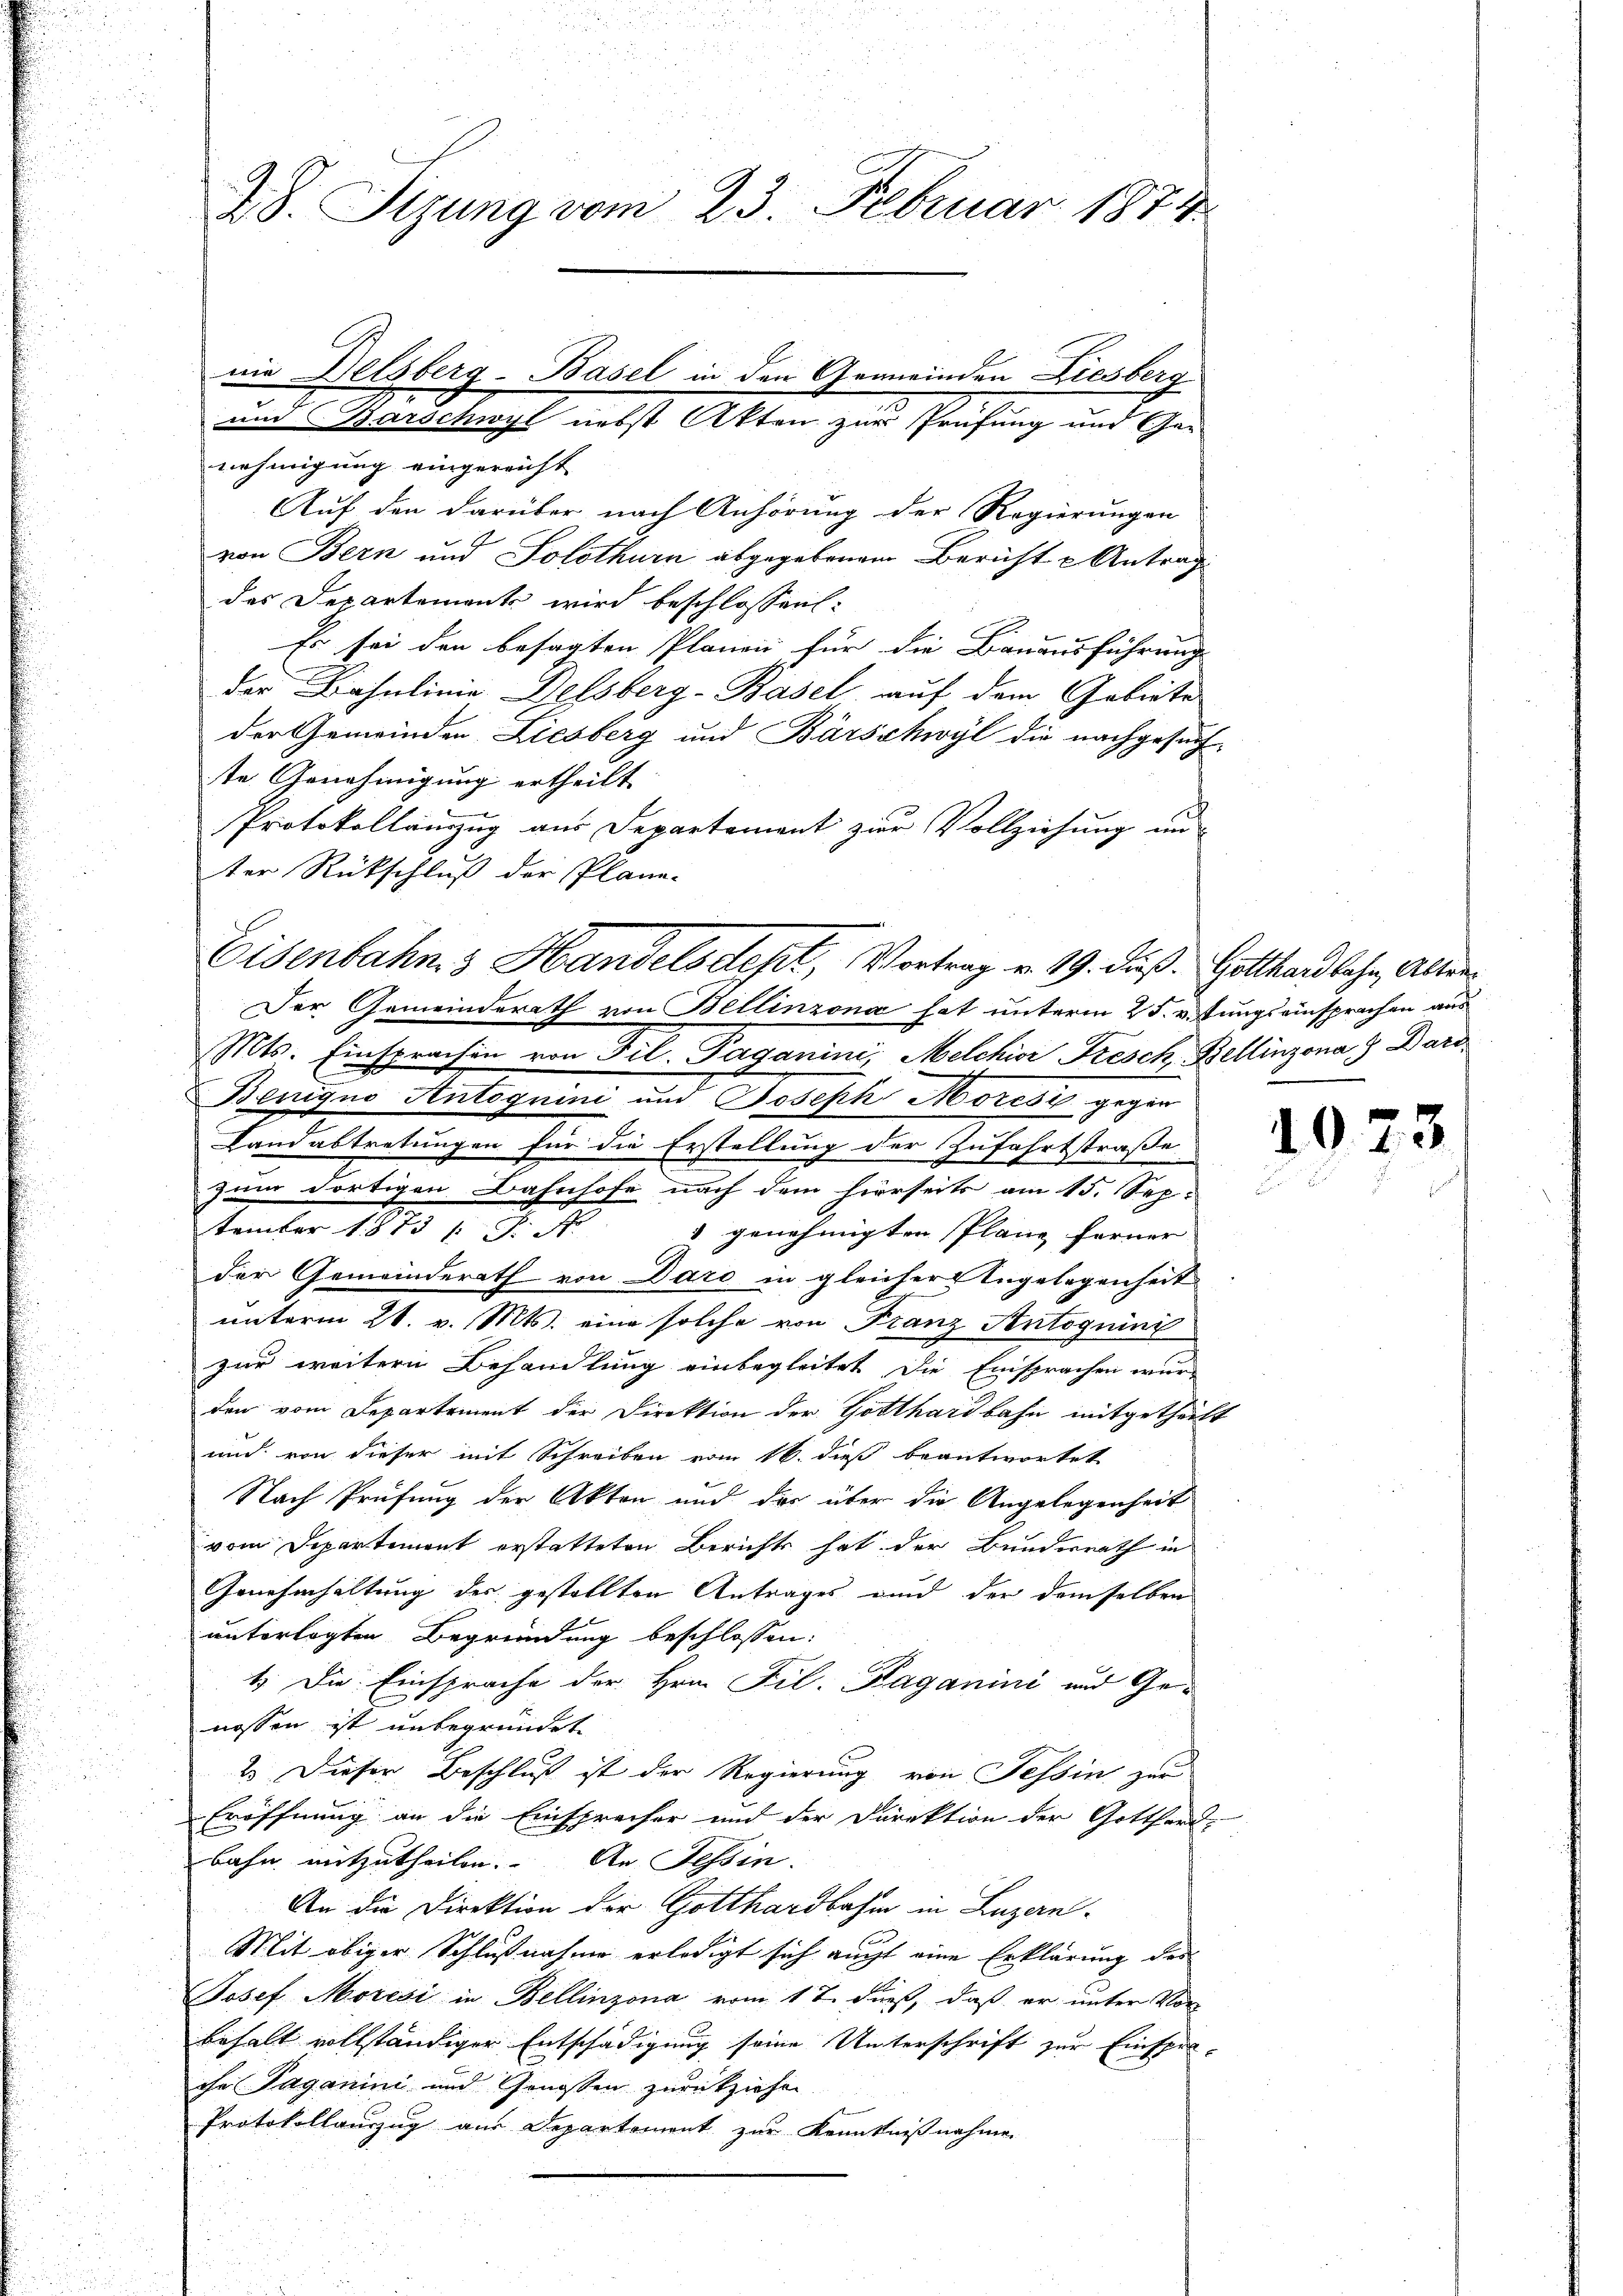
nehmigung eingereicht |
Auf den darüber nach Anhörung der Regierungen
von Bern und Solothurn abgegebenem Bericht u Antrag
des Departements wird beschlossen:
Es sei den besagten Planen für die Bauausführung
der Bahnlinie Delsberg-Basel auf dem Gebiete
der Gemeinden Liesberg und Barschwyl die nachgesuch-
te Genehmigung ertheilt.
Protokollauszug aus Departement zur Vollziehung un
ter Rückschluß der Plane-
Mts. Einsprachen von Fil. Paganini, Melchior Fresch, Bellinzona ) Dars¬
Benigno Antognini und Joseph Mores gegen
Landabtretungen für die Erstellung der Zufahrtstraße
zum dortigen Bahnhofe nach dem hierseits am 15. Sep.
tember 1873 1 S. N
& genehmigten Pläne ferner |
der Gemeinderath von Daro in gleicher Angelegenheit
unterm 21. v. Mts. eine solche von Franz Antoguini
zur weitern Behandlung einbegleitet die Einsprachen wurd
den vom Departement der Direktion der Gotthardbahn mitgetheilt
und von dieser mit Schreiben vom 16. dieß beantwortet
Nach Prüfung der Akten und der über die Angelegenheit
vom Departement erstatteten Berichts hat der Bundesrath in
Genehmhaltung des gestellten Antrages und der demselben
unterlegten Begründung beschlossen:
1. Die Einsprache der Hrn. Fil. Paganini und Ge
nossen ist unbegründet.
2.) Dieser Beschluß ist der Regierung von Tessin zur
Eröffnung an die Einsprecher und der Direktion der Gotthard-
bahn mitzutheilen. An Tessin.
An die Direktion der Gotthardbahn in Luzern
Mit obiger Schlußnahme erledigt sich aucht eine Erklärung des
Josef Moresi in Bellinzona vom 17. dieß, daß er unter Vor-
behalt vollständiger Entschädigung seine Unterschrift zur Einsper-
che Paganini und Genossen zurückziehen
Protokollauszug aus Departement zur Kenntnißnahme

28. Sigung vom 23. Februar 1874
nie Delsberg-Basel in den Gemeinden Diesberg
und Barschwyl nebst Akten zur Prüfung und Ge-

Eisenbahn 3 Handelsdept, Vortrag v. 19. dieß. Gotthardbahn, Alter¬
Der Gemeinderath von Bellinzona hat unterm 25. v. Tungseinsprachen aus

.

02

.